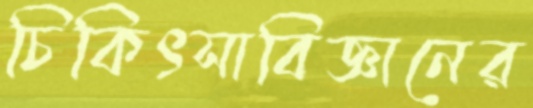
চিকিৎসাবিজ্ঞানের